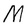
Character: M